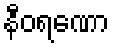
နီဝရဏော